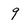
Character: 9